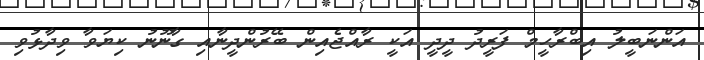
އަންނަބީލު އިބްރާހީމް ފަރީދު ދީދީ އަކީ ރާއްޖެއިން ބޭރުންދީނާއި ގާނޫނު ކިޔަވާ ވިދާޅުވި